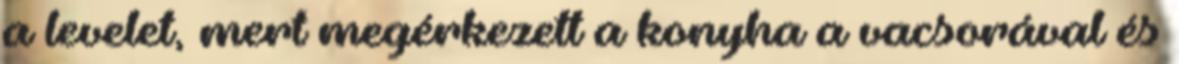
a levelet, mert megérkezett a konyha a vacsorával és